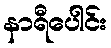
နာရီပေါင်း